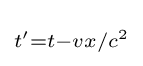
\scriptstyle {t'=t-{vx}/{c^{2}}}